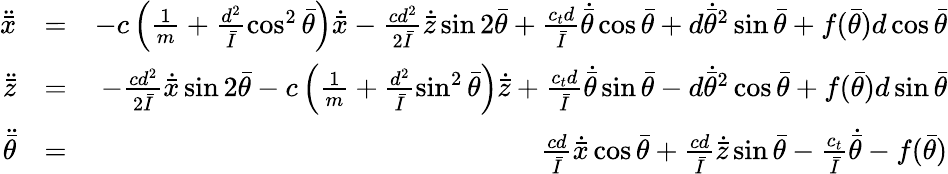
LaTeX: \begin{array}{rlr}{\ddot{\bar{x}}}&{=}&{-c\left(\frac{1}{m}+\frac{d^{2}}{\bar{I}}\cos^{2}\bar{\theta}\right)\dot{\bar{x}}-\frac{cd^{2}}{2\bar{I}}\dot{\bar{z}}\sin 2\bar{\theta}+\frac{c_{t}d}{\bar{I}}\dot{\bar{\theta}}\cos\bar{\theta}+d\dot{\bar{\theta}}^{2}\sin\bar{\theta}+f(\bar{\theta})d\cos\bar{\theta}}\\ {\ddot{\bar{z}}}&{=}&{-\frac{cd^{2}}{2\bar{I}}\dot{\bar{x}}\sin 2\bar{\theta}-c\left(\frac{1}{m}+\frac{d^{2}}{\bar{I}}\sin^{2}\bar{\theta}\right)\dot{\bar{z}}+\frac{c_{t}d}{\bar{I}}\dot{\bar{\theta}}\sin\bar{\theta}-d\dot{\bar{\theta}}^{2}\cos\bar{\theta}+f(\bar{\theta})d\sin\bar{\theta}}\\ {\ddot{\bar{\theta}}}&{=}&{\frac{cd}{\bar{I}}\dot{\bar{x}}\cos\bar{\theta}+\frac{cd}{\bar{I}}\dot{\bar{z}}\sin\bar{\theta}-\frac{c_{t}}{\bar{I}}\dot{\bar{\theta}}-f(\bar{\theta})}\end{array}